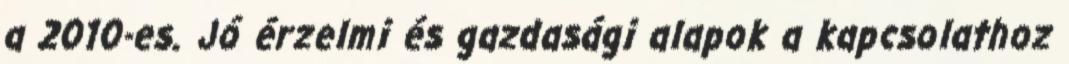
a 2010-es. Jó érzelmi és gazdasági alapok a kapcsolathoz